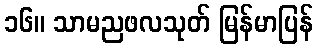
၁၆။ သာမညဖလသုတ် မြန်မာပြန်